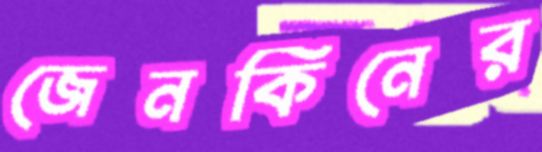
জেনকিনের